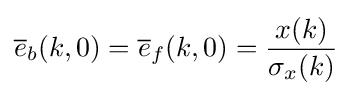
{\overline {e}}_{b}(k,0)={\overline {e}}_{f}(k,0)={\frac {x(k)}{\sigma _{x}(k)}}\,\!